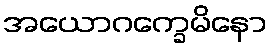
အယောဂက္ခေမိနော